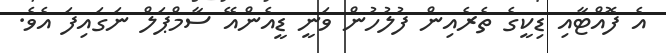
އެ ފޮއްޓާއި ޑިކީގެ ތެރެއިން ފުލުހުން ވަނީ ޑީއެންއޭ ސާމްޕަލް ނަގައިފަ އެވެ.